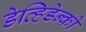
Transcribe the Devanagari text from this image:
डेव्हिडेन्को